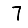
Digit: 7